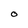
Character: O